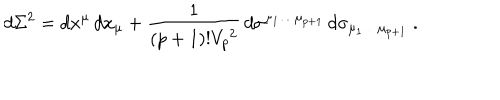
d \Sigma ^ { 2 } = d x ^ { \mu } \, d x _ { \mu } + \frac { 1 } { ( p + 1 ) ! V _ { p } ^ { \, 2 } } \, d \sigma ^ { \mu _ { 1 } \dots \mu _ { p + 1 } } \, d \sigma _ { \mu _ { 1 } \dots \mu _ { p + 1 } } \ .